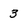
Character: 3